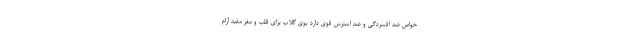
خواص ضد افسردگی و ضد استرس قوی دارد بوی گلاب برای قلب و مغز مفید آرام‌